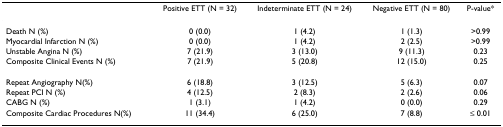
<table><thead><tr><td></td><td><b>Positive ETT (N = 32)</b></td><td><b>Indeterminate ETT (N = 24)</b></td><td><b>Negative ETT (N = 80)</b></td><td><b>P-value*</b></td></tr></thead><tbody><tr><td>Death N (%)</td><td>0 (0.0)</td><td>1 (4.2)</td><td>1 (1.3)</td><td>&gt;0.99</td></tr><tr><td>Myocardial Infarction N (%)</td><td>0 (0.0)</td><td>1 (4.2)</td><td>2 (2.5)</td><td>&gt;0.99</td></tr><tr><td>Unstable Angina N (%)</td><td>7 (21.9)</td><td>3 (13.0)</td><td>9 (11.3)</td><td>0.23</td></tr><tr><td>Composite Clinical Events N (%)</td><td>7 (21.9)</td><td>5 (20.8)</td><td>12 (15.0)</td><td>0.25</td></tr><tr><td>Repeat Angiography N(%)</td><td>6 (18.8)</td><td>3 (12.5)</td><td>5 (6.3)</td><td>0.07</td></tr><tr><td>Repeat PCI N (%)</td><td>4 (12.5)</td><td>2 (8.3)</td><td>2 (2.6)</td><td>0.06</td></tr><tr><td>CABG N (%)</td><td>1 (3.1)</td><td>1 (4.2)</td><td>0 (0.0)</td><td>0.29</td></tr><tr><td>Composite Cardiac Procedures N(%)</td><td>11 (34.4)</td><td>6 (25.0)</td><td>7 (8.8)</td><td>≤ 0.01</td></tr></tbody></table>